Theory and practice of anti-rabic immunisation - Number 30
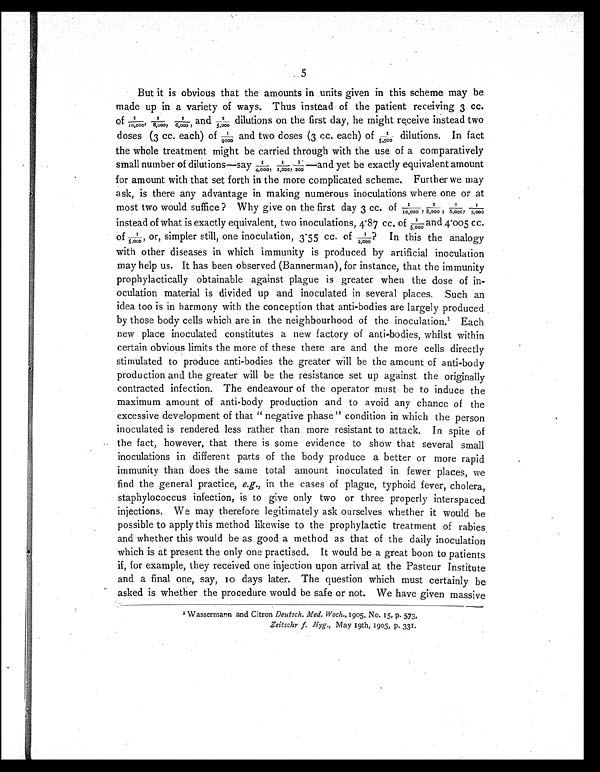
5
But it is obvious that the amounts in units given in this scheme may be
made up in a variety of ways. Thus instead of the patient receiving 3 cc.
of 1/ 10, 000, 1/ 8, 000, 1/ 6, 000, and 1/ 5, 000 di l ut i ons on t he f i r s t day, he mi ght r ecei ve i ns t ead t wo
d o s e s ( 3 c c . e a c h ) o f 1 / 9 0 0 0 a n d t w o d o s e s ( 3 c c . e a c h ) o f 1 / 5 , 5 0 0 d i l u t i o n s . I n f a c t
the whole treatment might be carried through with the use of a comparatively
s m a l l n u m b e r o f d i l u t i o n s — s a y 1 / 4 , 0 0 0 , 1 / 1 , 0 0 0 , 1 / 2 0 0 — a n d y e t b e e x a c t l y e q u i v a l e n t a m o u n t
for amount with that set forth in the more complicated scheme. Further we may
ask, is there any advantage in making numerous inoculations where one or at
most two would suffice ? Why give on the first day 3 cc. of 1/10,00 0 0 , 1 / 8 , 0 0 0 ,
1/6,000, 1/5,000 instead of what is exactly equivalent, two inoculations, 4.87 cc. of 1/5,000 and 4.005 cc.
of 1/5,000, or, simpler still, one inoculation, 3.55 cc. of 1/2,000? In this the analogy
with other diseases in which immunity is produced by artificial inoculation
may help us. It has been observed (Bannerman), for instance, that the immunity
prophylactically obtainable against plague is greater when the dose of in-
oculation material is divided up and inoculated in several places. Such an
idea too is in harmony with the conception that anti-bodies are largely produced
by those body cells which are in the neighbourhood of the inoculation. 1
E a c h
new place inoculated constitutes a new factory of anti-bodies, whilst within
certain obvious limits the more of these there are and the more cells directly
stimulated to produce anti-bodies the greater will be the amount of anti-body
production and the greater will be the resistance set up against the originally
contracted infection. The endeavour of the operator must be to induce the
maximum amount of anti-body production and to avoid any chance of the
excessive development of that " negative phase " condition in which the person
inoculated is rendered less rather than more resistant to attack. In spite of
the fact, however, that there is some evidence to show that several small
inoculations in different parts of the body produce a better or more rapid
immunity than does the same total amount inoculated in fewer places, we
find the general practice, e.g., in the cases of plague, typhoid fever, cholera,
staphylococcus infection, is to give only two or three properly interspaced
injections. We may therefore legitimately ask ourselves whether it would be
possible to apply this method likewise to the prophylactic treatment of rabies
and whether this would be as good a method as that of the daily inoculation
which is at present the only one practised. It would be a great boon to patients
if, for example, they received one injection upon arrival at the Pasteur Institute
and a final one, say, 10 days later. The question which must certainly be
asked is whether the procedure would be safe or not. We have given massive
1 Wassermann and Citron Deutsch. Med. Woch., 1905, No. 15, p. 573,
Zeitschr f. Hyg., May 19th, 1905, p. 331.